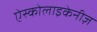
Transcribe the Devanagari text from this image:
ऐस्कोलाइकेनीज़